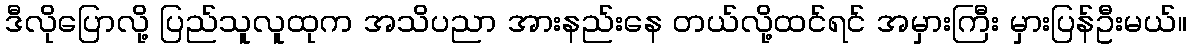
ဒီလိုပြောလို့ ပြည်သူလူထုက အသိပညာ အားနည်းနေ တယ်လို့ထင်ရင် အမှားကြီး မှားပြန်ဦးမယ်။